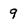
Character: 9